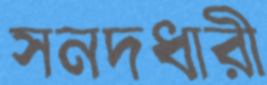
সনদধারী